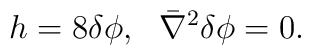
h=8 \delta \phi,~~ \bar \nabla^2 \delta \phi =0.